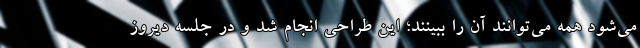
می‌شود همه می‌توانند آن را ببینند؛ این طراحی انجام شد و در جلسه دیروز